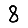
Digit: 8